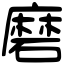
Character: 磨